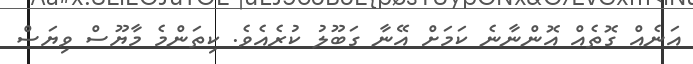
އަނެއް ގޮތެއް އޮންނާނެ ކަމަށް އޭނާ ގަބޫލު ކުރެއެވެ. ކިތަންމެ މާޔޫސް ވިޔަސް